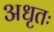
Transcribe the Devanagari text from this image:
अधृतः